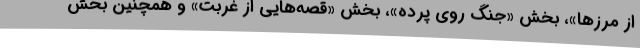
از مرزها»، بخش «جنگ روی پرده»، بخش «قصه‌هایی از غربت» و همچنین بخش